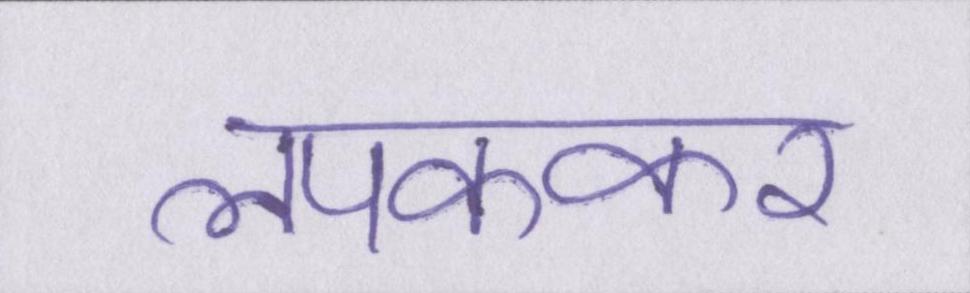
लपककर